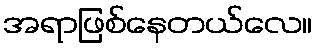
အရာဖြစ်နေတယ်လေ။